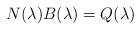
LaTeX: \begin{align*}N(\lambda)B(\lambda)=Q(\lambda)\end{align*}